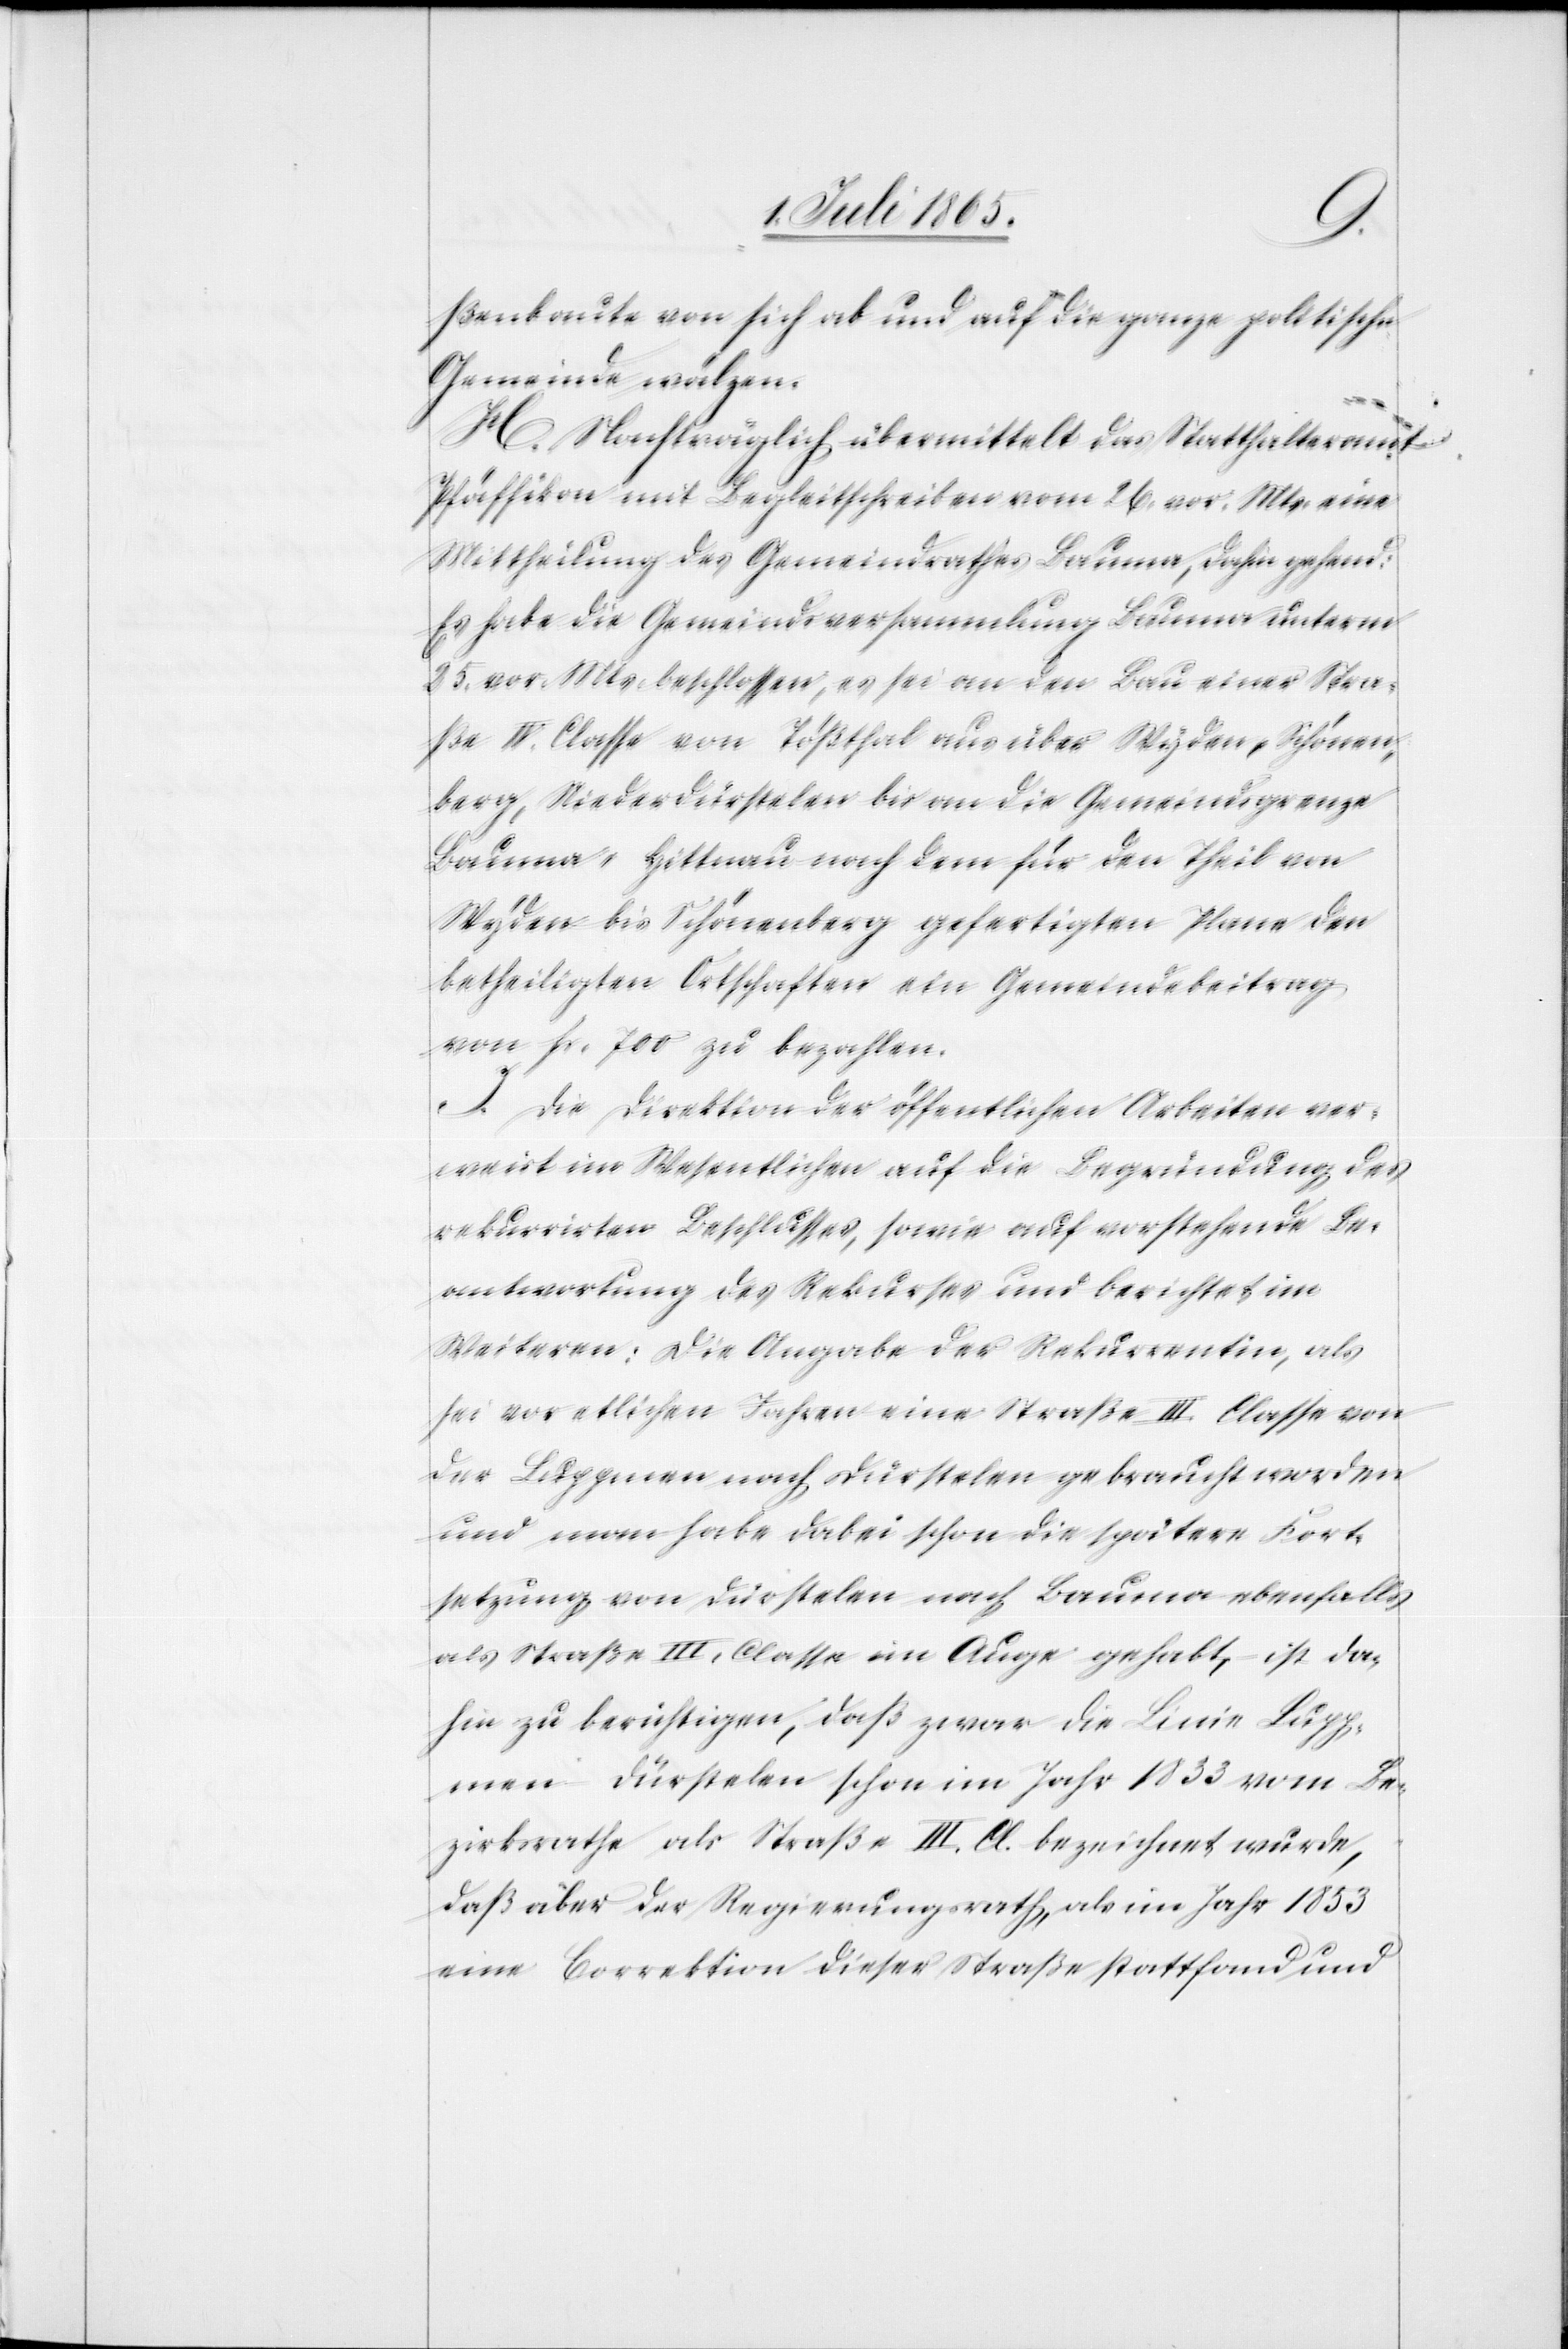
ßenbaute von sich ab und auf die ganze politische
Gemeinde wälzen.
H. Nachträglich übermittelt das Statthalteramt
Pfäffikon mit Begleitschreiben vom 26. vor. Mts. eine
Mittheilung des Gemeindrathes Bauma, dahingehend:
Es habe die Gemeindsversammlung Bauma unterm
25. vor. Mts beschlossen, es sei an den Bau einer Stra¬
ße IV. Classe von Tößthal aus über Wyden, Schönen¬
berg, Niederdürstelen bis an die Gemeindsgrenze
Bauma-Hittnau nach dem für den Theil von
Wyden bis Schönenberg gefertigten Plane den
betheiligten Ortschaften ein Gemeindebeitrag
von Fr. 700 zu bezahlen.
J. Die Direktion der öffentlichen Arbeiten ver¬
weist im Wesentlichen auf die Begründung des
rekurrirten Beschlusses, sowie auf vorstehende Be¬
antwortung des Rekurses und berichtet im
Weiteren: Die Angabe der Rekurrentin, als
sei vor etlichen Jahren eine Straße III. Classe von
der Luppmen nach Dürstelen gebraucht worden
und man habe dabei schon die spätere Fort¬
setzung von Dürstelen nach Bauma ebenfalls
als Straße III. Classe im Auge gehabt, ist da¬
hin zu berichtigen, daß zwar die Linie Lupp¬
men-Dürstelen schon im Jahr 1833 vom Be¬
zirksrathe als Straße III. Cl. bezeichnet wurde,
daß aber der Regierungsrath, als im Jahr 1853
eine Correktion dieser Straße stattfand und